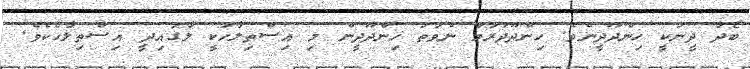
ބޯދާ ދީނަކީ ހިންދޫދީނެވެ. ހިންދޫދަރަމް ނުވަތަ ހިންދޫދީން މި އިސްތިލާހަކީ ލާގައިދީ އިސްތިލާހެކެވެ.